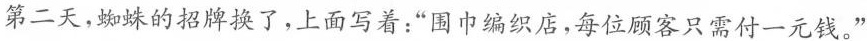
第二天，蜘蛛的招牌换了，上面写着：“围巾编织店，每位顾客只需付一元钱。”